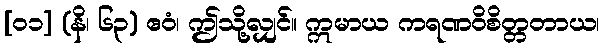
[၀၁] (နိ၊ ၆၃) ဧဝံ၊ ဤသို့လျှင်။ ဣမာယ ကရဏဝိစိတ္တတာယ၊